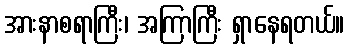
အားနာစရာကြီး၊ အကြာကြီး ရှာနေရတယ်။